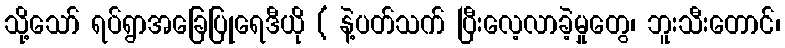
သို့သော် ရပ်ရွာအခြေပြုရေဒီယို ( နဲ့ပတ်သက် ပြီးလေ့လာခဲ့မှုတွေ၊ ဘူးသီးတောင်၊